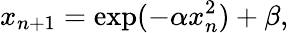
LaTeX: x_{n+1}=\exp(-\alpha x_{n}^{2})+\beta,